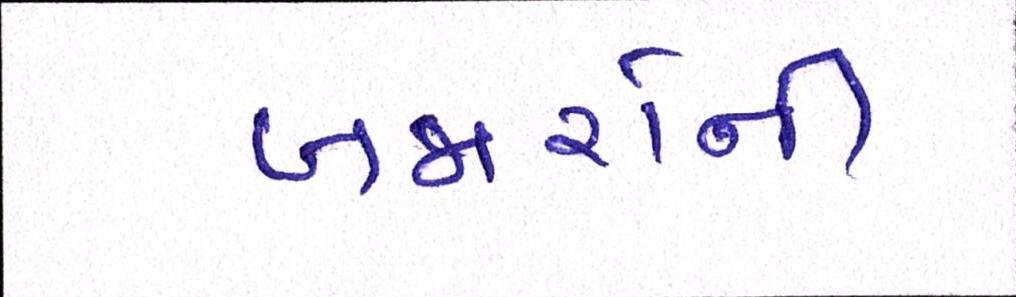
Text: બજારોની